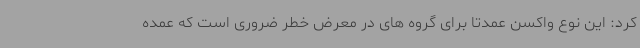
کرد: این نوع واکسن عمدتا برای گروه های در معرض خطر ضروری است که عمده